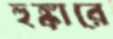
হুঙ্কারে